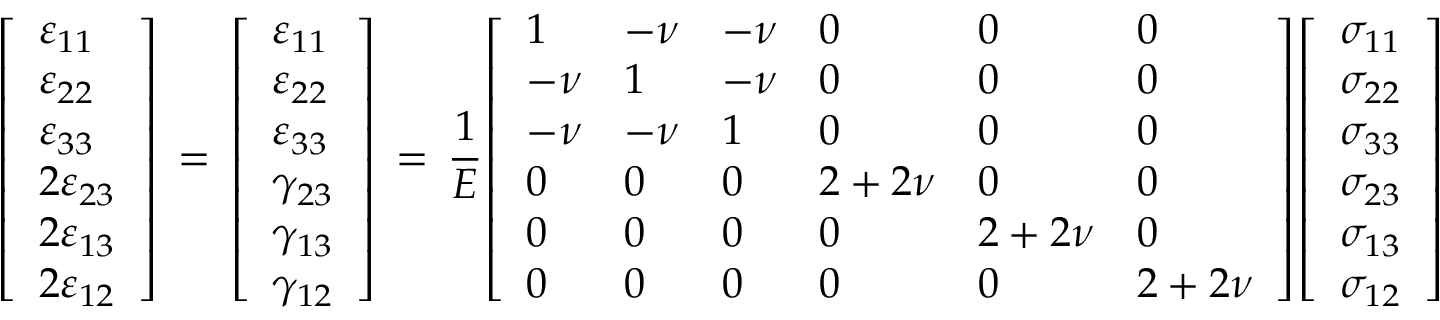
{ \left[ \begin{array} { l } { \varepsilon _ { 1 1 } } \\ { \varepsilon _ { 2 2 } } \\ { \varepsilon _ { 3 3 } } \\ { 2 \varepsilon _ { 2 3 } } \\ { 2 \varepsilon _ { 1 3 } } \\ { 2 \varepsilon _ { 1 2 } } \end{array} \right] } \, = \, { \left[ \begin{array} { l } { \varepsilon _ { 1 1 } } \\ { \varepsilon _ { 2 2 } } \\ { \varepsilon _ { 3 3 } } \\ { \gamma _ { 2 3 } } \\ { \gamma _ { 1 3 } } \\ { \gamma _ { 1 2 } } \end{array} \right] } \, = \, { \frac { 1 } { E } } { \left[ \begin{array} { l l l l l l } { 1 } & { - \nu } & { - \nu } & { 0 } & { 0 } & { 0 } \\ { - \nu } & { 1 } & { - \nu } & { 0 } & { 0 } & { 0 } \\ { - \nu } & { - \nu } & { 1 } & { 0 } & { 0 } & { 0 } \\ { 0 } & { 0 } & { 0 } & { 2 + 2 \nu } & { 0 } & { 0 } \\ { 0 } & { 0 } & { 0 } & { 0 } & { 2 + 2 \nu } & { 0 } \\ { 0 } & { 0 } & { 0 } & { 0 } & { 0 } & { 2 + 2 \nu } \end{array} \right] } { \left[ \begin{array} { l } { \sigma _ { 1 1 } } \\ { \sigma _ { 2 2 } } \\ { \sigma _ { 3 3 } } \\ { \sigma _ { 2 3 } } \\ { \sigma _ { 1 3 } } \\ { \sigma _ { 1 2 } } \end{array} \right] }